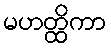
မဟတ္ထိကာ